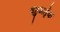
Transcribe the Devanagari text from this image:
बहुभर्तृक